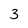
Character: 3